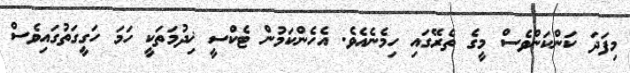
މިފަދަ ކަންކަންވެސް މީގެ ތެރޭގައި ހިމެނެއެވެ. އެހެންކަމުން ޓެކްސީ ޚިދުމަތަކީ ހަމަ ހަގީގަތުގައިވެސް